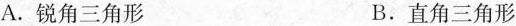
A.锐角三角形 B.直角三角形